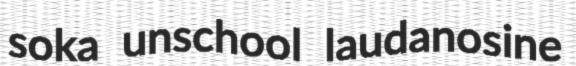
soka unschool laudanosine